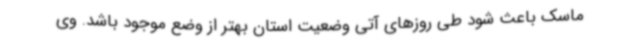
ماسک باعث شود طی روزهای آتی وضعیت استان بهتر از وضع موجود باشد. وی